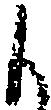
も